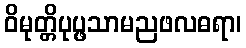
ဝိမုတ္တိပုပ္ဖသာမညဖလဓရာ၊